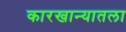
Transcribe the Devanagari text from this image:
कारखान्यातला